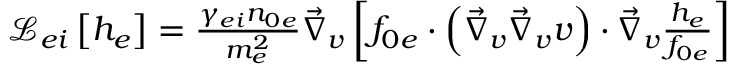
\begin{array} { r } { \mathcal { L } _ { e i } \left[ h _ { e } \right] = \frac { \gamma _ { e i } n _ { 0 e } } { m _ { e } ^ { 2 } } \vec { \nabla } _ { v } \left[ f _ { 0 e } \cdot \left( \vec { \nabla } _ { v } \vec { \nabla } _ { v } v \right) \cdot \vec { \nabla } _ { v } \frac { h _ { e } } { f _ { 0 e } } \right] } \end{array}